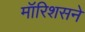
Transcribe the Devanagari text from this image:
मॉरिशसने